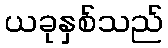
ယခုနှစ်သည်